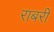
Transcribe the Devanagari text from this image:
राबरी